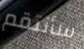
سأنتقم